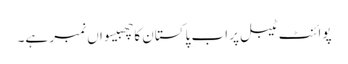
پوائنٹ ٹیبل پر اب پاکستان کا چھبیسواں نمبر ہے۔